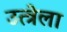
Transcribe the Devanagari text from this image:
उत्त्रेला